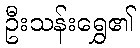
ဦးသန်းရွှေ၏